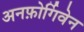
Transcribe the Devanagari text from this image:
अनफ़ोर्गिवेन